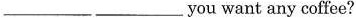
___ ___ you want any coffee?